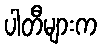
ပါတီများက